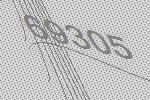
69305